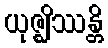
ယုဇ္ဈိဿန္တိ